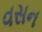
વસન